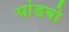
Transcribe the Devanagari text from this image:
यांडबो